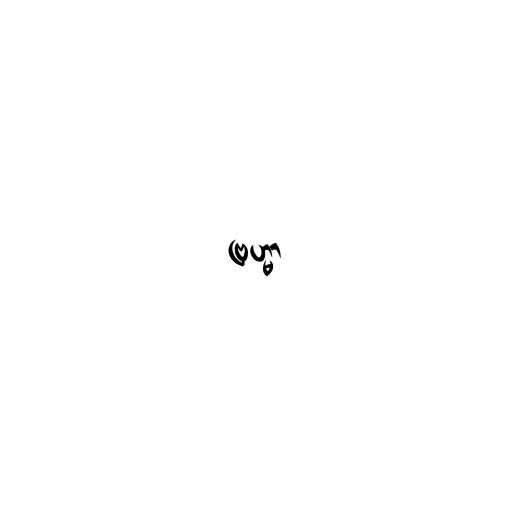
ဗြဟ္မာ